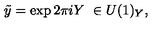
\tilde { y } = \exp 2 \pi i Y \ \in U ( 1 ) _ { Y } ,